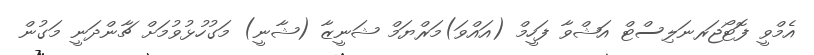
އެމްވީ ފޮޓޯޖަރނަލިސްޓް އަޝްވާ ފަހީމް (އައްވަ)މަރްޔަމް ޝަނީޒާ (ޝާނީ) މަގުހުޅުވުމަށް ޗާންދަނީ މަގުން